Annual report of the Punjab Veterinary College and of the Civil Veterinary Department, Punjab - 1926-1932
Year: 1926
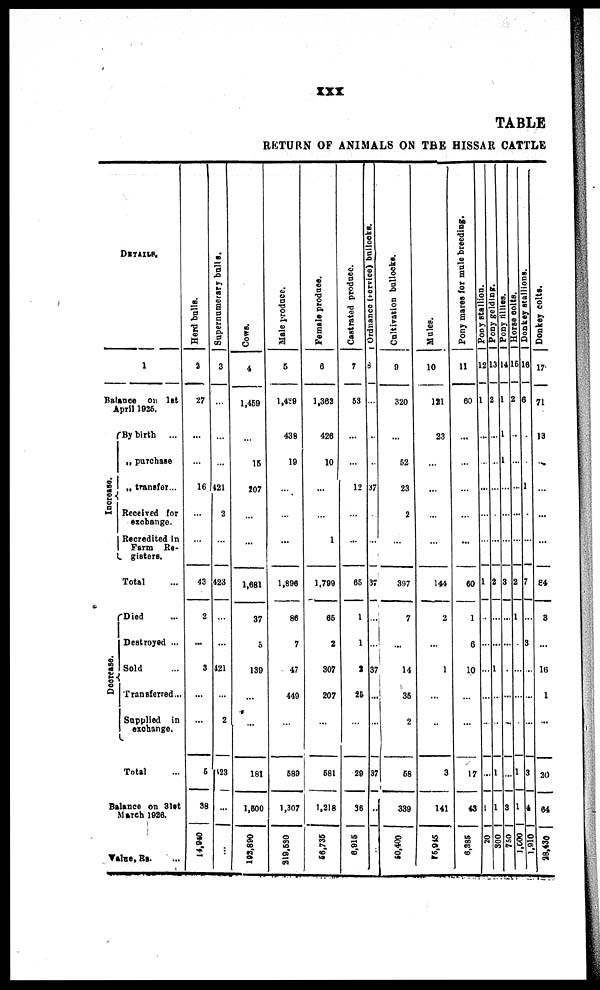
XXX
TABLE
RETURN OF ANIMALS ON THE HISSAR CATTLE
DETAILS.
1
Balance on 1st
April 1926.
I ncr eas e.
By birth
...
„ purchase
„ transfer...
Received for
exchange.
Recredited in
Farm Re-
gisters.
Total ...
De c r
e a s e .
Died ...
Destroyed ...
Sold ...
Transferred...
Supplied in
exchange.
Total ...
Balance on 31st
March 1926.
Value, Rs. ...
Hord bulls.
2
27
...
...
16
...
...
43
2
...
3
...
...
5
38
14,040
Supernumerary bulls.
3
...
...
...
421
2
...
423
...
...
421
...
2
423
...
...
Cows.
4
1,459
...
16
207
...
...
1,681
37
5
139
...
...
181
1,500
193,890
Male produce.
5
1,489
438
19
...
...
...
1,896
86
7
47
449
...
689
1,307
219,530
Female produce.
6
1,362
426
10
...
...
1
1,799
65
2
307
207
...
681
1,218
56,735
Castrated produce.
7
63
...
...
12
...
...
65
1
1
2
25
...
29
36
6,915
Ordnance (service) bullocks.
8
...
...
...
37
...
...
37
...
...
37
...
...
37
...
..
Cultivation bullocks.
9
320
...
52
23
2
...
397
7
...
14
36
2
68
339
50,400
Mules.
10
121
23
...
...
...
...
144
2
...
1
...
...
3
141
16,945
Pony mares for mule breeding.
11
60
...
...
...
...
...
60
1
6
10
...
...
17
43
6,385
Pony stallion.
12
1
...
...
...
...
...
1
...
...
...
...
...
1
20
Pony gelding.
13
2
...
...
...
...
...
2
...
...
1
...
...
1
800
Pony fillies.
14
1
1
1
...
...
...
3
...
...
...
...
...
3
750
Horse colts.
15
2
...
...
...
...
...
2
1
...
...
...
...
1
1
1,600
Donkey stallions.
16
6
...
...
...
...
...
7
...
8
...
...
...
8
4
1.910
Donkey colts.
17
71
13
...
...
... ...
...
84
...
3
...
...
...
16
...
1
...
30
64
28,430